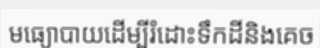
មធ្យោបាយដើម្បីរំដោះទឹកដីនិងគេច